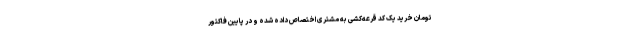
تومان خرید یک کد قرعه‌کشی به مشتری اختصاص داده شده و در پایین فاکتور